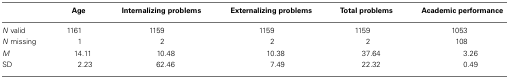
|  | Age | Internalizing problems | Externalizing problems | Total problems | Academic performance |
 | --- | --- | --- | --- | --- | --- |
 | N valid | 1161 | 1159 | 1159 | 1159 | 1053 |
 | N missing | 1 | 2 | 2 | 2 | 108 |
 | M | 14.11 | 10.48 | 10.38 | 37.64 | 3.26 |
 | SD | 2.23 | 62.46 | 7.49 | 22.32 | 0.49 |